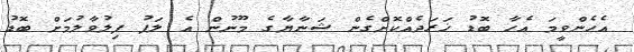
އެހެންވީމަ އެހާ ބޮޑު ޚަރަދެއްކޮށްގެން ޝަނާޔާގެ މޫނުން އެ ލަފު ފިލުވާލުމަށް ބޮޑު